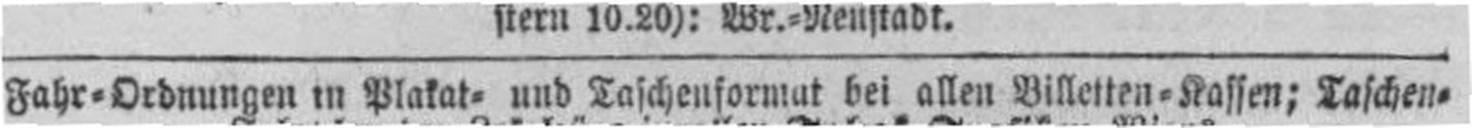
Fahr=Ordnungen in Plakat= und Taschenformat bei allen Billetten=Kassen; Taschen=